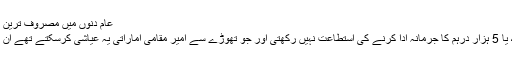
عام دنوں میں مصروف ترین رہنے والے شارع لاک ڈاؤن کی وجہ سے خالی نظر آرہی ہے
تارکینِ وطن کی ایک بڑی اکثریت معمولی سی غفلت پر 3، 4 یا 5 ہزار درہم کا جرمانہ ادا کرنے کی استطاعت نہیں رکھتی اور جو تھوڑے سے امیر مقامی اماراتی یہ عیاشی کرسکتے تھے ان کو پکڑنے کے لیے قانون کا شکنجہ ہمیشہ کی طرح فعال تھا۔